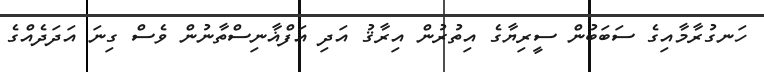
ހަނގުރާމާއިގެ ސަބަބުން ސީރިޔާގެ އިތުރުން އިރާޤު އަދި އަފްޣާނިސްތާނުން ވެސް ގިނަ އަދަދެއްގެ